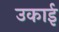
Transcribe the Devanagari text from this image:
उकाई